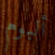
ألبوم